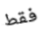
فقط